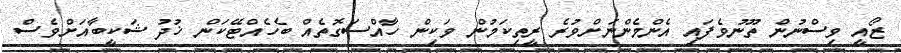
ޒޯއީ ވިސްނުން ތޫނުވެފައި އެންމެންނަށްވުރެ ރީތިކަމުން ވަކިން ހާއްސަގޮތެއް ބެހެއްޓޭކަން ޚުދު ޝަކީބާއަށްވެސް